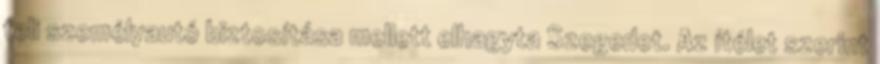
teli személyautó biztosítása mellett elhagyta Szegedet. Az ítélet szerint